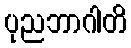
ပုညဘာဂါတိ